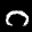
Label: 0